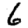
Digit: 6